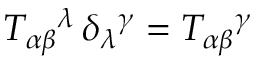
T _ { \alpha \beta } { } ^ { \lambda } \, \delta _ { \lambda } { } ^ { \gamma } = T _ { \alpha \beta } { } ^ { \gamma }